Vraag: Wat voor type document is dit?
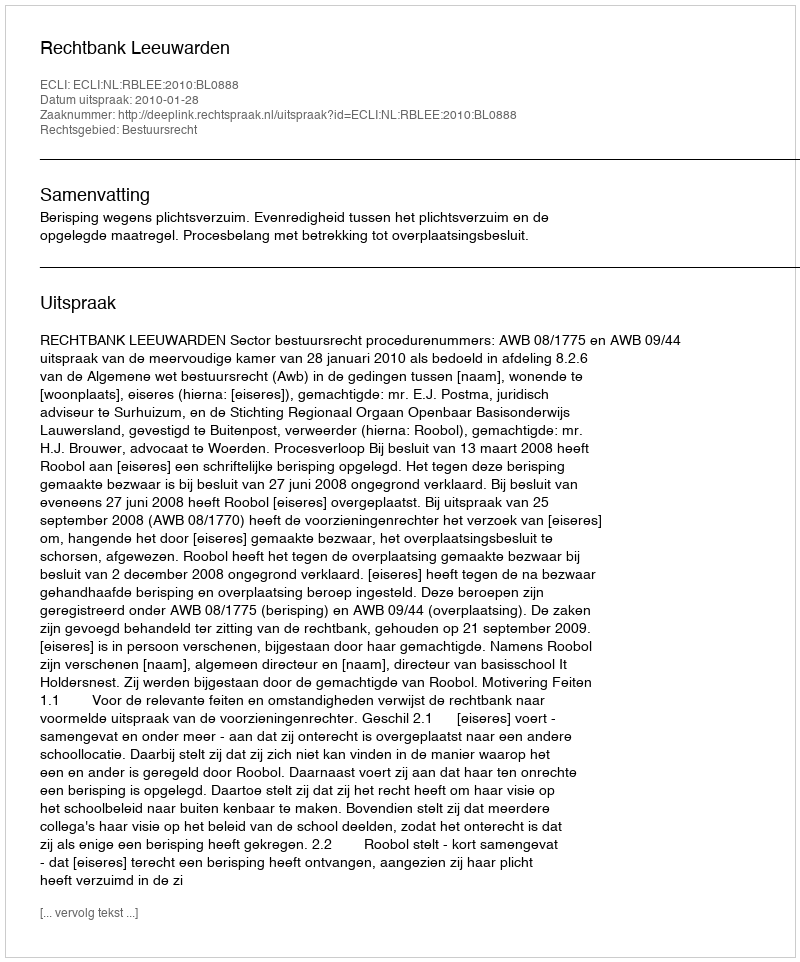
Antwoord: Uitspraak